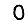
Digit: 0